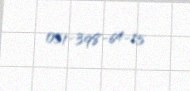
051-398-64-15